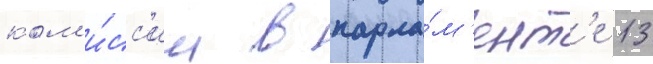
ком'и́сс'ии в парла́м'ент'е 13